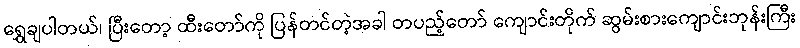
ရွှေချပါတယ်၊ ပြီးတော့ ထီးတော်ကို ပြန်တင်တဲ့အခါ တပည့်တော် ကျောင်းတိုက် ဆွမ်းစားကျောင်းဘုန်းကြီး